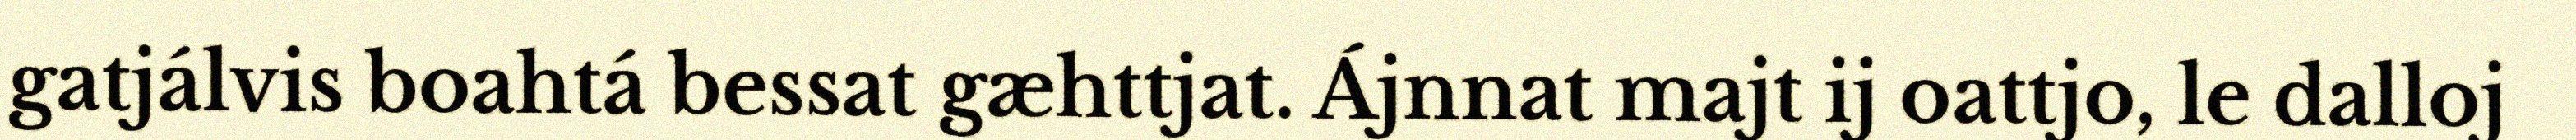
gatjálvis boahtá bessat gæhttjat. Ájnnat majt ij oattjo, le dalloj